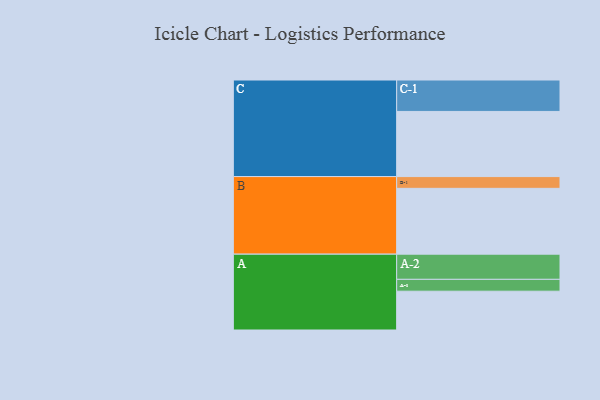
{"axis": {"x": "Segment", "y": "Value"}, "legend": ["", "A", "B", "C"], "data": [{"x": "A", "y": 327, "type": ""}, {"x": "B", "y": 555, "type": ""}, {"x": "C", "y": 549, "type": ""}, {"x": "A-1", "y": 100, "type": "A"}, {"x": "A-2", "y": 212, "type": "A"}, {"x": "B-1", "y": 99, "type": "B"}, {"x": "C-1", "y": 265, "type": "C"}]}